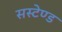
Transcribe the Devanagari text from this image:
सस्टेण्ड